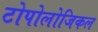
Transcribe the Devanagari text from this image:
टोपोलोजिकल